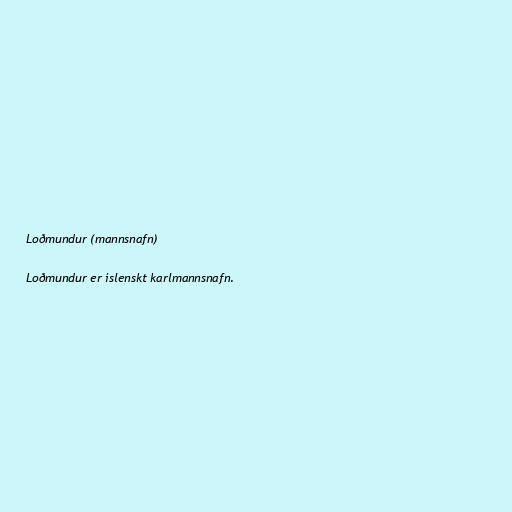
Loðmundur (mannsnafn)

Loðmundur er íslenskt karlmannsnafn.